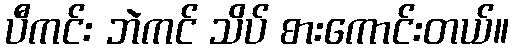
ပီကင်း ဘဲကင် သိပ် စားကောင်းတယ်။